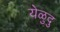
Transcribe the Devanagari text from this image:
येळुदु